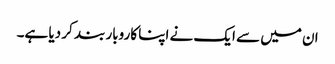
ان میں سے ایک نے اپنا کاروبار بند کر دیا ہے۔